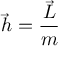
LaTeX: { \vec { h } } = { \frac { \vec { L } } { m } }